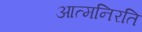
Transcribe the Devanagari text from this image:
आत्मनिरति